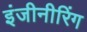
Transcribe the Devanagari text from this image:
इंजीनीरिंग